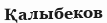
Қалыбеков